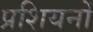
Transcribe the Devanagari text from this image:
प्रशियनों